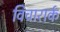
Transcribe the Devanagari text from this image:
विचारार्क